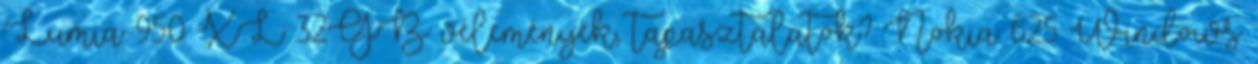
Lumia 950 XL 32GB vélemények, tapasztalatok? Nokia 625 Windows